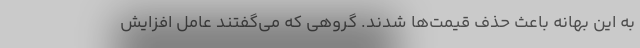
به این بهانه باعث حذف قیمت‌ها شدند. گروهی که می‌گفتند عامل افزایش